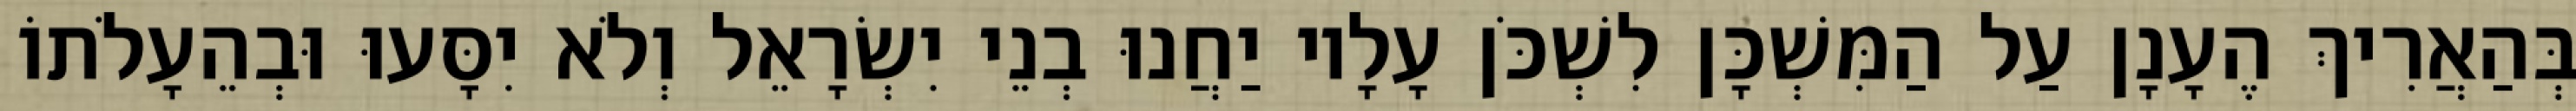
בְּהַאֲרִיךְ הֶעָנָן עַל הַמִּשְׁכָּן לִשְׁכֹּן עָלָיו יַחֲנוּ בְנֵי יִשְׂרָאֵל וְלֹא יִסָּעוּ וּבְהֵעָלֹתוֹ